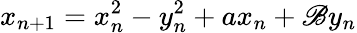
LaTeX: x_{n+1}=x_{n}^{2}-y_{n}^{2}+ax_{n}+\mathscr{B}y_{n}